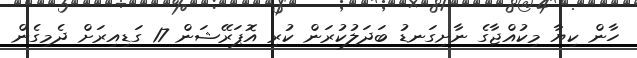
ހާން ކިޔާ މިކުއްޖާގެ ނާށިގަނޑު ބަދަލުކުރަން ކުރި އޮޕަރޭޝަން 17 ގަޑިއިރަށް ދެމިގެން